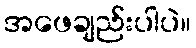
အဖေချည်းပါပဲ။